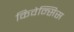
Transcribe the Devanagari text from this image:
किवेन्सिस